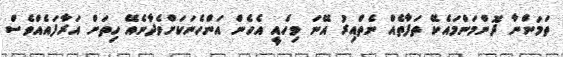
ތަމަންނާ ދޮންމަންމައެކޭ ތަފާތެއް ނެތްއިރު އޭނަ ވިހެއީ އެހެން އަންހެނަކަށްވެދާނެއޭ ހިތަށް އަރާފައެއްވެސް